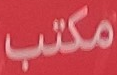
مكتب